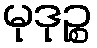
မုဒုဉ္စ